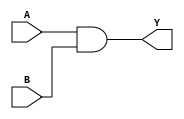
// This program was cloned from: https://github.com/ieee-ceda-datc/RDF-2019
// License: MIT License

// https://coredocs.s3.amazonaws.com/Libero/12_0_0/Tool/sf2_mlg.pdf

module ADD2 (

	input A, B,
	output Y
);
	assign Y = A & B;
endmodule

module ADD3 (
	input A, B, C,
	output Y
);
	assign Y = A & B & C;
endmodule

module ADD4 (
	input A, B, C, D,
	output Y
);
	assign Y = A & B & C & D;
endmodule

module CFG1 (
	output Y,
	input A
);
	parameter [1:0] INIT = 2'h0;
	assign Y = INIT >> A;
endmodule

module CFG2 (
	output Y,
	input A,
	input B
);
	parameter [3:0] INIT = 4'h0;
	assign Y = INIT >> {B, A};
endmodule

module CFG3 (
	output Y,
	input A,
	input B,
	input C
);
	parameter [7:0] INIT = 8'h0;
	assign Y = INIT >> {C, B, A};
endmodule

module CFG4 (
	output Y,
	input A,
	input B,
	input C,
	input D
);
	parameter [15:0] INIT = 16'h0;
	assign Y = INIT >> {D, C, B, A};
endmodule

module BUFF (
	input A,
	output Y
);
	assign Y = A;
endmodule

module BUFD (
	input A,
	output Y
);
	assign Y = A;
endmodule

module CLKINT (
	input A,
	output Y
);
	assign Y = A;
endmodule

module CLKINT_PRESERVE (
	input A,
	output Y
);
	assign Y = A;
endmodule

module GCLKINT (
	input A, EN,
	output Y
);
	assign Y = A & EN;
endmodule

module RCLKINT (
	input A,
	output Y
);
	assign Y = A;
endmodule

module RGCLKINT (
	input A, EN,
	output Y
);
	assign Y = A & EN;
endmodule

module SLE (
	output Q,
	input ADn,
	input ALn,
	input CLK,
	input D,
	input LAT,
	input SD,
	input EN,
	input SLn
);
	reg q_latch, q_ff;

	always @(posedge CLK, negedge ALn) begin
		if (!ALn) begin
			q_ff <= !ADn;
		end else if (EN) begin
			if (!SLn)
				q_ff <= SD;
			else
				q_ff <= D;
		end
	end

	always @* begin
		if (!ALn) begin
			q_latch <= !ADn;
		end else if (CLK && EN) begin
			if (!SLn)
				q_ff <= SD;
			else
				q_ff <= D;
		end
	end

	assign Q = LAT ? q_latch : q_ff;
endmodule

// module AR1
// module FCEND_BUFF
// module FCINIT_BUFF
// module FLASH_FREEZE
// module OSCILLATOR
// module SYSRESET
// module SYSCTRL_RESET_STATUS
// module LIVE_PROBE_FB
// module GCLKBUF
// module GCLKBUF_DIFF
// module GCLKBIBUF
// module DFN1
// module DFN1C0
// module DFN1E1
// module DFN1E1C0
// module DFN1E1P0
// module DFN1P0
// module DLN1
// module DLN1C0
// module DLN1P0

module INV (
	input A,
	output Y
);
	assign Y = !A;
endmodule

module INVD (
	input A,
	output Y
);
	assign Y = !A;
endmodule

module MX2 (
	input A, B, S,
	output Y
);
	assign Y = S ? B : A;
endmodule

module MX4 (
	input D0, D1, D2, D3, S0, S1,
	output Y
);
	assign Y = S1 ? (S0 ? D3 : D2) : (S0 ? D1 : D0);
endmodule

module NAND2 (
	input A, B,
	output Y
);
	assign Y = !(A & B);
endmodule

module NAND3 (
	input A, B, C,
	output Y
);
	assign Y = !(A & B & C);
endmodule

module NAND4 (
	input A, B, C, D,
	output Y
);
	assign Y = !(A & B & C & D);
endmodule

module NOR2 (
	input A, B,
	output Y
);
	assign Y = !(A | B);
endmodule

module NOR3 (
	input A, B, C,
	output Y
);
	assign Y = !(A | B | C);
endmodule

module NOR4 (
	input A, B, C, D,
	output Y
);
	assign Y = !(A | B | C | D);
endmodule

module OR2 (
	input A, B,
	output Y
);
	assign Y = A | B;
endmodule

module OR3 (
	input A, B, C,
	output Y
);
	assign Y = A | B | C;
endmodule

module OR4 (
	input A, B, C, D,
	output Y
);
	assign Y = A | B | C | D;
endmodule

module XOR2 (
	input A, B,
	output Y
);
	assign Y = A ^ B;
endmodule

module XOR3 (
	input A, B, C,
	output Y
);
	assign Y = A ^ B ^ C;
endmodule

module XOR4 (
	input A, B, C, D,
	output Y
);
	assign Y = A ^ B ^ C ^ D;
endmodule

module XOR8 (
	input A, B, C, D, E, F, G, H,
	output Y
);
	assign Y = A ^ B ^ C ^ D ^ E ^ F ^ G ^ H;
endmodule

// module UJTAG
// module BIBUF
// module BIBUF_DIFF
// module CLKBIBUF

module CLKBUF (
	input PAD,
	output Y
);
	assign Y = PAD;
endmodule

// module CLKBUF_DIFF

module INBUF (
	input PAD,
	output Y
);
	assign Y = PAD;
endmodule

// module INBUF_DIFF

module OUTBUF (
	input D,
	output PAD
);
	assign PAD = D;
endmodule

// module OUTBUF_DIFF
// module TRIBUFF
// module TRIBUFF_DIFF
// module DDR_IN
// module DDR_OUT
// module RAM1K18
// module RAM64x18
// module MACC